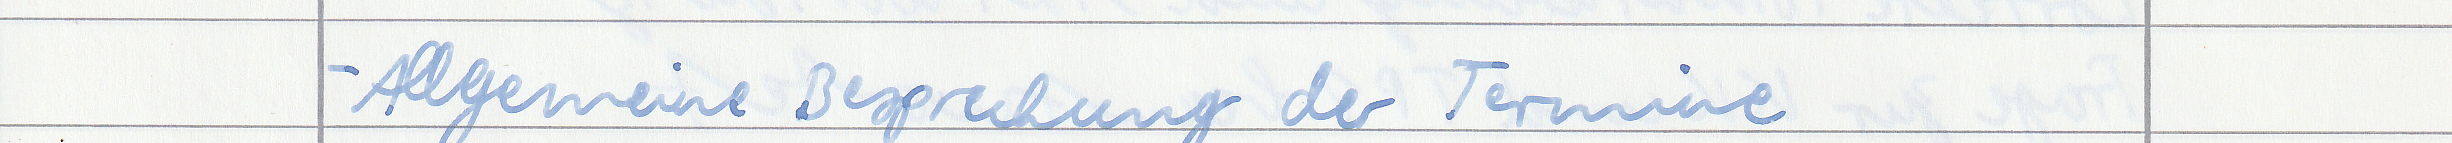
- Allgemeine Besprechung der Termine